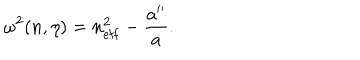
\omega ^ { 2 } ( n , \eta ) = n _ { \mathrm { e f f } } ^ { 2 } - \frac { a ^ { \prime \prime } } { a } .